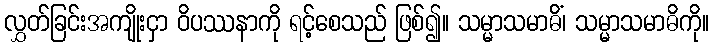
လွှတ်ခြင်းအကျိုးငှာ ဝိပဿနာကို ရင့်စေသည် ဖြစ်၍။ သမ္မာသမာဓိံ၊ သမ္မာသမာဓိကို။